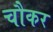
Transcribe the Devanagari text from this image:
चौकर